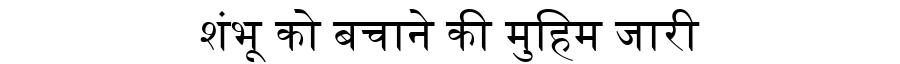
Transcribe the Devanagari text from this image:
शंभू को बचाने की मुहिम जारी